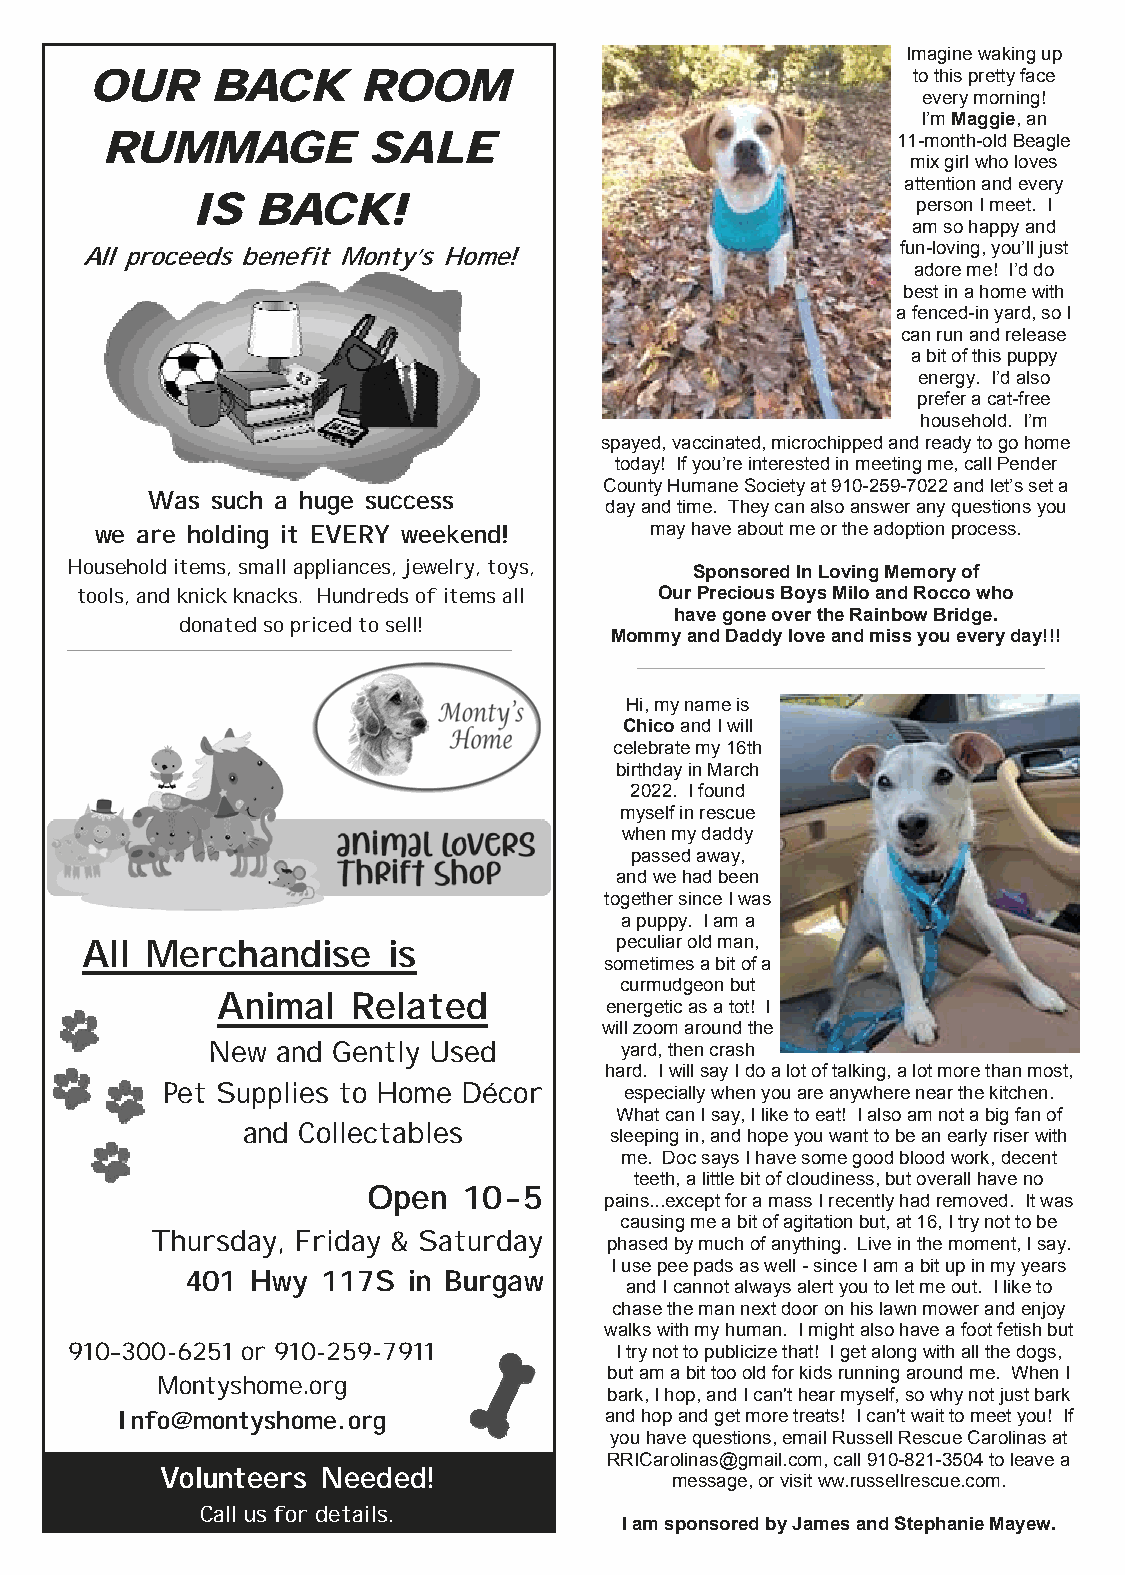
Imagine waking up
 OUR     BACK      ROOM                                to this pretty face
 every morning!
 I’m Maggie, an
 RUMMAGE          SALE                               11-month-old Beagle
 mix girl who loves
 attention and every
 IS  BACK!                                       person I meet. I
 am so happy and
 fun-loving, you’ll just
 All proceeds benefit Monty’s Home!
 adore me! I’d do
 best in a home with
 a fenced-in yard, so I
 can run and release
 a bit of this puppy
 energy. I’d also
 prefer a cat-free
 household. I’m
 spayed, vaccinated, microchipped and ready to go home
 today! If you’re interested in meeting me, call Pender
 County Humane Society at 910-259-7022 and let’s set a
 Was such a huge success
 day and time. They can also answer any questions you
 we are holding it EVERY weekend!     may have about me or the adoption process.
 Household items, small appliances, jewelry, toys, Sponsored In Loving Memory of
 tools, and knick knacks. Hundreds of items all Our Precious Boys Milo and Rocco who
 have gone over the Rainbow Bridge.
 donated so priced to sell!
 Mommy and Daddy love and miss you every day!!!
 Hi, my name is
 Chico and I will
 celebrate my 16th
 birthday in March
 2022. I found
 myself in rescue
 when my daddy
 passed away,
 and we had been
 together since I was
 a puppy. I am a
 peculiar old man,
 All  Merchandise     is
 sometimes a bit of a
 curmudgeon but
 Animal   Related          energetic as a tot! I
 will zoom around the
 New and Gently Used        yard, then crash
 hard. I will say I do a lot of talking, a lot more than most,
 Pet Supplies to Home Décor    especially when you are anywhere near the kitchen.
 What can I say, I like to eat! I also am not a big fan of
 and Collectables        sleeping in, and hope you want to be an early riser with
 me. Doc says I have some good blood work, decent
 teeth, a little bit of cloudiness, but overall have no
 Open   10-5
 pains...except for a mass I recently had removed. It was
 causing me a bit of agitation but, at 16, I try not to be
 Thursday, Friday & Saturday   phased by much of anything. Live in the moment, I say.
 I use pee pads as well - since I am a bit up in my years
 401  Hwy 117S  in Burgaw
 and I cannot always alert you to let me out. I like to
 chase the man next door on his lawn mower and enjoy
 walks with my human. I might also have a foot fetish but
 910–300-6251 or 910-259-7911        I try not to publicize that! I get along with all the dogs,
 but am a bit too old for kids running around me. When I
 Montyshome.org
 bark, I hop, and I can't hear myself, so why not just bark
 Info@montyshome.org             and hop and get more treats! I can't wait to meet you! If
 you have questions, email Russell Rescue Carolinas at
 RRICarolinas@gmail.com, call 910-821-3504 to leave a
 Volunteers Needed!               message, or visit ww.russellrescue.com.
 Call us for details.
 I am sponsored by James and Stephanie Mayew.